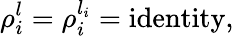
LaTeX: \rho_{i}^{l}=\rho_{i}^{l_{i}}=\mathrm{identity},